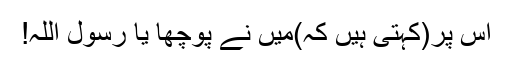
اس پر(کہتی ہیں کہ)مَیں نے پوچھا یا رسول اللہ!